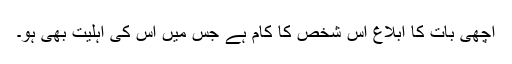
اچھی بات کا ابلاغ اس شخص کا کام ہے جس میں اس کی اہلیت بھی ہو۔